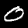
Digit: 0